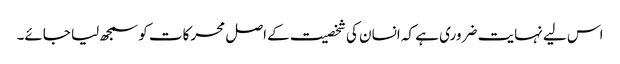
اس لیے نہایت ضروری ہے کہ انسان کی شخصیت کے اصل محرکات کو سمجھ لیا جائے۔